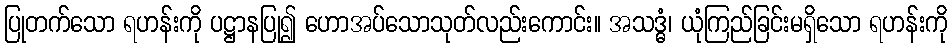
ပြုတက်သော ရဟန်းကို ပဋ္ဌာနပြု၍ ဟောအပ်သောသုတ်လည်းကောင်း။ အသဒ္ဓံ၊ ယုံကြည်ခြင်းမရှိသော ရဟန်းကို